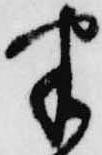
半